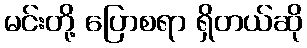
မင်းတို့ ပြောစရာ ရှိတယ်ဆို